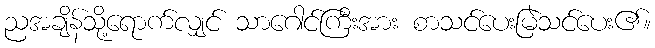
ညအချိန်သို့ရောက်လျှင် သာဂေါင်ကြီးအား စာသင်ပေးမြဲသင်ပေး၏။